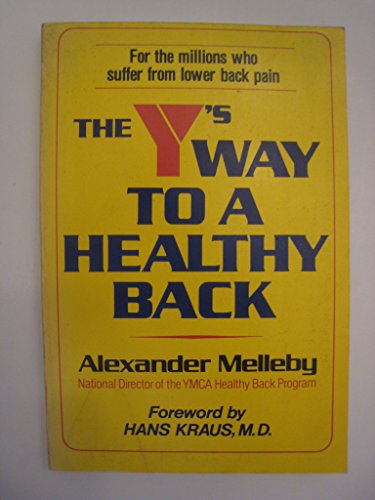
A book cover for The Y's Way to a Healthy Back; Alexander Melleby; Health, Fitness & Dieting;